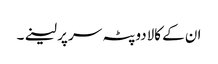
ان کے کالادوپٹہ سر پر لینے۔